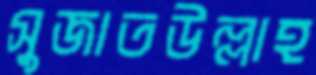
সুজাতউল্লাহ